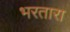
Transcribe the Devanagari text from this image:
भरतारा